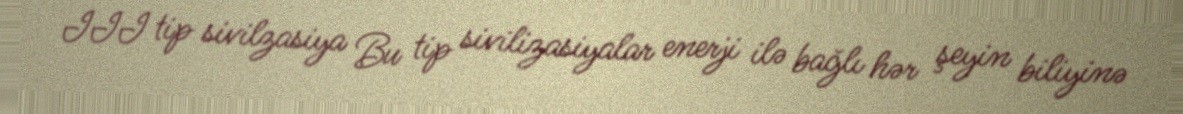
III tip sivilzasiya Bu tip sivilizasiyalar enerji ilə bağlı hər şeyin biliyinə